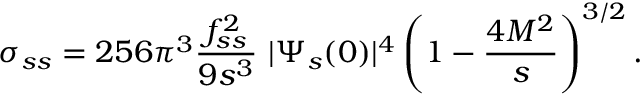
\sigma _ { s s } = 2 5 6 \pi ^ { 3 } \frac { f _ { s s } ^ { 2 } } { 9 s ^ { 3 } } ~ | \Psi _ { s } ( 0 ) | ^ { 4 } \left( 1 - \frac { 4 M ^ { 2 } } { s } \right) ^ { 3 / 2 } .